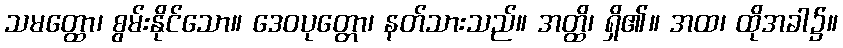
သမတ္ထော၊ စွမ်းနိုင်သော။ ဒေဝပုတ္တော၊ နတ်သားသည်။ အတ္ထိ၊ ရှိ၏။ အထ၊ ထိုအခါ၌။